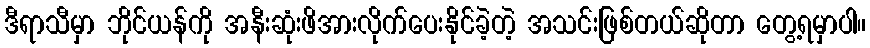
ဒီရာသီမှာ ဘိုင်ယန်ကို အနီးဆုံးဖိအားလိုက်ပေးနိုင်ခဲ့တဲ့ အသင်းဖြစ်တယ်ဆိုတာ တွေ့ရမှာပါ။